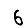
Digit: 6